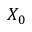
X _ { 0 }